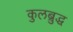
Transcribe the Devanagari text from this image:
कुलब्रुद्ध